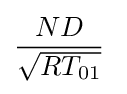
{\frac {{N}{D}}{\sqrt {RT_{01}}}}\